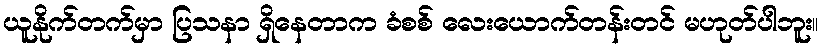
ယူနိုက်တက်မှာ ပြသနာ ရှိနေတာက ခံစစ် လေးယောက်တန်းတင် မဟုတ်ပါဘူး။